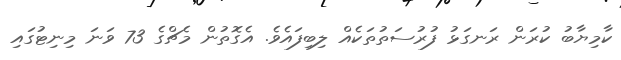
ކާމިޔާބު ކުރަން ރަނގަޅު ފުރުސަތުތަކެއް ލިބިފައެވެ. އެގޮތުން މެޗްގެ 73 ވަނަ މިނިޓުގައި